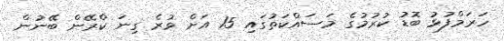
ހަރަމްފުޅު ބޮޑު ކުރުމުގެ މަސައްކަތުގައި 15 އަށް ވުރެ ގިނަ ކްރޭން ބޭނުން